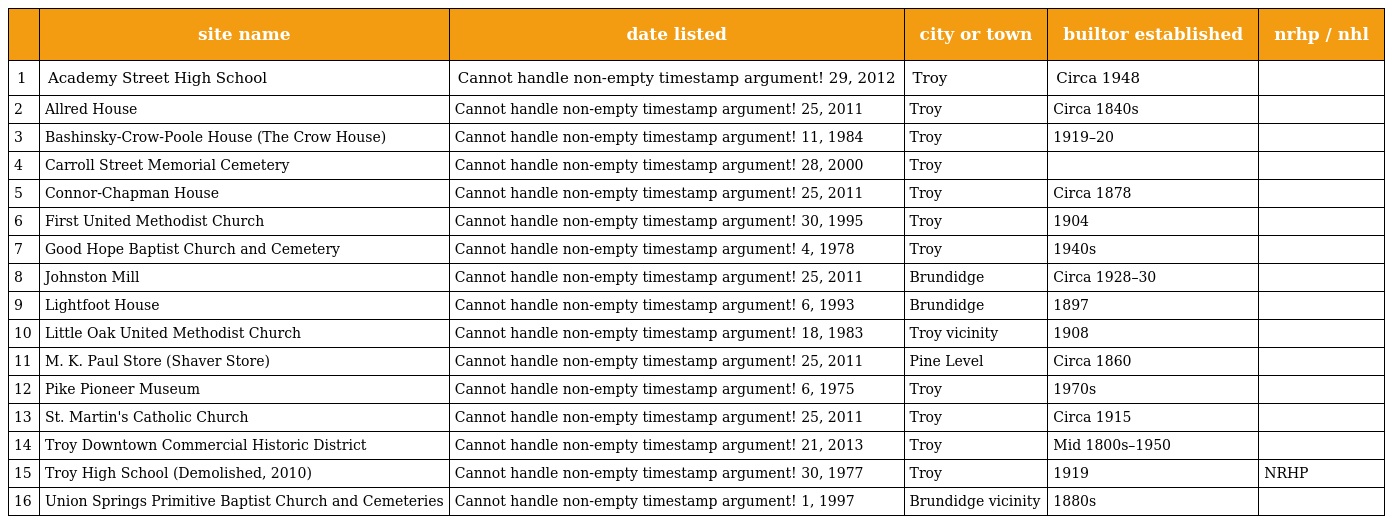
|  | site name | date listed | city or town | builtor established | nrhp / nhl |
 | --- | --- | --- | --- | --- | --- |
 | 1 | Academy Street High School | Cannot handle non-empty timestamp argument! 29, 2012 | Troy | Circa 1948 |  |
 | 2 | Allred House | Cannot handle non-empty timestamp argument! 25, 2011 | Troy | Circa 1840s |  |
 | 3 | Bashinsky-Crow-Poole House (The Crow House) | Cannot handle non-empty timestamp argument! 11, 1984 | Troy | 1919–20 |  |
 | 4 | Carroll Street Memorial Cemetery | Cannot handle non-empty timestamp argument! 28, 2000 | Troy |  |  |
 | 5 | Connor-Chapman House | Cannot handle non-empty timestamp argument! 25, 2011 | Troy | Circa 1878 |  |
 | 6 | First United Methodist Church | Cannot handle non-empty timestamp argument! 30, 1995 | Troy | 1904 |  |
 | 7 | Good Hope Baptist Church and Cemetery | Cannot handle non-empty timestamp argument! 4, 1978 | Troy | 1940s |  |
 | 8 | Johnston Mill | Cannot handle non-empty timestamp argument! 25, 2011 | Brundidge | Circa 1928–30 |  |
 | 9 | Lightfoot House | Cannot handle non-empty timestamp argument! 6, 1993 | Brundidge | 1897 |  |
 | 10 | Little Oak United Methodist Church | Cannot handle non-empty timestamp argument! 18, 1983 | Troy vicinity | 1908 |  |
 | 11 | M. K. Paul Store (Shaver Store) | Cannot handle non-empty timestamp argument! 25, 2011 | Pine Level | Circa 1860 |  |
 | 12 | Pike Pioneer Museum | Cannot handle non-empty timestamp argument! 6, 1975 | Troy | 1970s |  |
 | 13 | St. Martin's Catholic Church | Cannot handle non-empty timestamp argument! 25, 2011 | Troy | Circa 1915 |  |
 | 14 | Troy Downtown Commercial Historic District | Cannot handle non-empty timestamp argument! 21, 2013 | Troy | Mid 1800s–1950 |  |
 | 15 | Troy High School (Demolished, 2010) | Cannot handle non-empty timestamp argument! 30, 1977 | Troy | 1919 | NRHP |
 | 16 | Union Springs Primitive Baptist Church and Cemeteries | Cannot handle non-empty timestamp argument! 1, 1997 | Brundidge vicinity | 1880s |  |